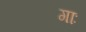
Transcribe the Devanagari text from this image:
गाः